Annual administration report of the Civil Veterinary Department of India - 1896-1897
Year: 1896
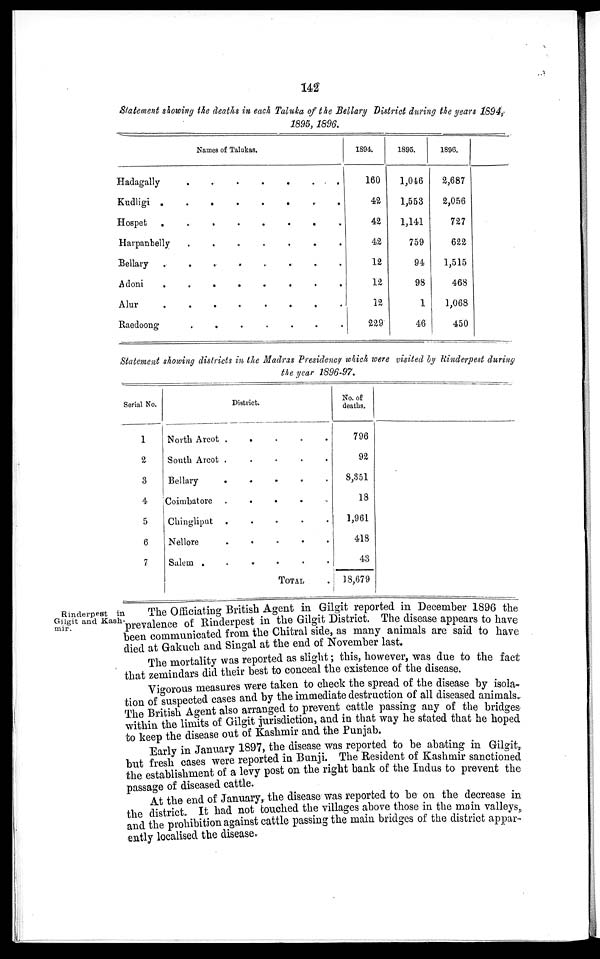
142
Statement showing the deaths in each Taluka of the Bellary District during the years 1894,
1895, 1896.
Names of Talukas.
Hadagally
.
.
.
. . . .
Kudligi
.
.
.
.
.
.
. .
Hospet
.
.
.
.
.
.
.
.
Harpanhelly
.
.
.
.
.
.
. .
Bellary
.
.
.
.
.
.
.
.
Adoni
.
.
.
.
.
.
.
.
Alur
.
.
.
.
.
.
.
.
Raedoong
.
.
.
.
.
.
. . .
1894.
160
42
42
42
12
12
12
229
1895.
1,046
1,553
1,141
759
94
98
1
46
1896.
2,687
2,056
727
622
1,515
468
1,068
450
Statement showing districts in the Madras Presidency which were visited by Rinderpest during
the year 1896-97.
Serial No.
1
2
3
4
5
6
7
District.
North Arcot .
.
.
.
.
South Arcot .
.
.
.
.
Bellary
.
.
.
.
.
Coimbatore .
.
.
.
.
Chingliput . . . . .
Nellore . . . . .
Salem .
.
.
.
.
.
TOTAL
No. of
deaths.
796
92
8,351
18
1,961
418
43
18,679
Rinderpest in
Gilgit and Kash-
mir.
The Officiating British Agent in Gilgit reported in December 1896 the
prevalence of Rinderpest in the Gilgit District. The disease appears to have
been communicated from the Chitral side, as many animals are said to have
died at Gakuch and Singal at the end of November last.
The mortality was reported as slight; this, however, was due to the fact
that zemindars did their best to conceal the existence of the disease.
Vigorous measures were taken to check the spread of the disease by isola-
tion of suspected cases and by the immediate destruction of all diseased animals.
The British Agent also arranged to prevent cattle passing any of the bridges
within the limits of Gilgit jurisdiction, and in that way he stated that he hoped
to keep the disease out of Kashmir and the Punjab.
Early in January 1897, the disease was reported to be abating in Gilgit,
but fresh cases were reported in Bunji. The Resident of Kashmir sanctioned
the establishment of a levy post on the right bank of the Indus to prevent the
passage of diseased cattle.
At the end of January, the disease was reported to be on the decrease in
the district. It had not touched the villages above those in the main valleys,
and the prohibition against cattle passing the main bridges of the district appar-
ently localised the disease.